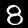
Digit: 8